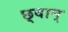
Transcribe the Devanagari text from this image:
छ्वान्